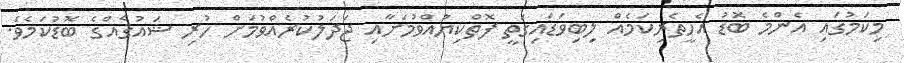
މިކަމުގައި އެންމެ ބޮޑު އެހީތެރިކަމެއް ލިބިވަޑައިގަތީ ފޮތްކިޔުއްވުމަށާއި ޖަދަލުކުރެއްވުމަށް ހުރި ޝައުޤެއްގެ ބޮޑުކަމެވެ.